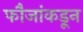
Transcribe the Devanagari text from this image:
फौजांकडून